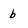
Character: b